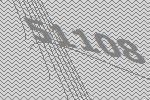
51108